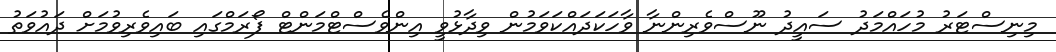
މިނިސްޓަރު މުހައްމަދު ސައީދު ނޫސްވެރިންނާ ވާހަކަދައްކަވަމުން ވިދާޅުވީ އިންވެސްޓްމަންޓް ފޯރަމްގައި ބައިވެރިވުމަށް ދައުވަތު